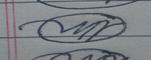
Signature authenticity: forged